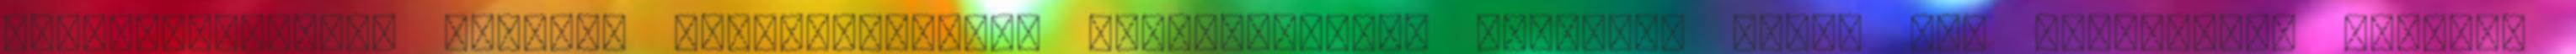
makroelemeknek, illetve mikroelemeknek nyomelemeknek nevezzük őket. Egy egészséges felnőtt